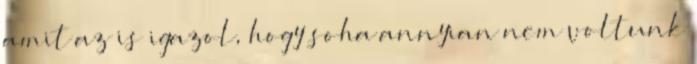
amit az is igazol, hogy soha annyian nem voltunk